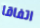
اتفاقا